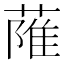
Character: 𦶏